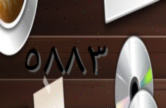
٥٨٨٣